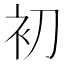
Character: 初